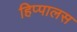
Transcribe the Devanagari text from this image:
हिप्पालस